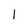
Character: l